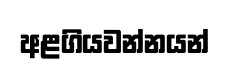
අළගියවන්නයන්